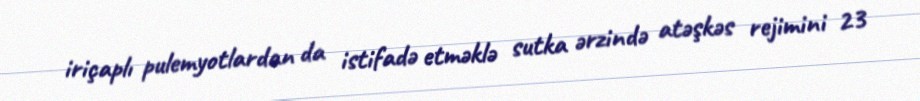
iriçaplı pulemyotlardan da istifadə etməklə sutka ərzində atəşkəs rejimini 23